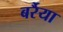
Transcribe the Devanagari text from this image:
बर्रैया